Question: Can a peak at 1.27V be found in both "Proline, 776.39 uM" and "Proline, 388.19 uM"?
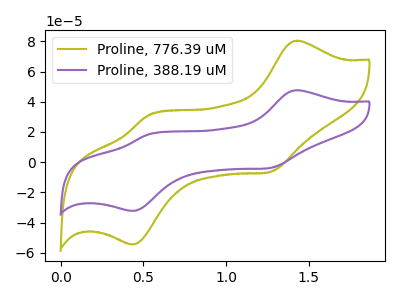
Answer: <think>The olive curve "Proline, 776.39 uM" has anodic peaks at (1.45V, 80.45uA) (0.55V, 31.20uA) and cathodic peaks at (1.25V, -6.50uA) (0.45V, -54.50uA). The purple curve "Proline, 388.19 uM" has anodic peaks at (1.45V, 47.65uA) (0.55V, 18.45uA) and cathodic peaks at (1.25V, -3.85uA) (0.45V, -32.25uA).</think>
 <answer>Yes, "Proline, 776.39 uM" and "Proline, 388.19 uM" share a peak at 1.27V.</answer>
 <eval>match</eval>